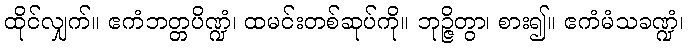
ထိုင်လျှက်။ ဧကံဘတ္တပိဏ္ဍံ၊ ထမင်းတစ်ဆုပ်ကို။ ဘုဉ္ဇိတွာ၊ စား၍။ ဧကံမံသခဏ္ဍံ၊